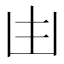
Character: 𠙹